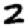
Digit: 2